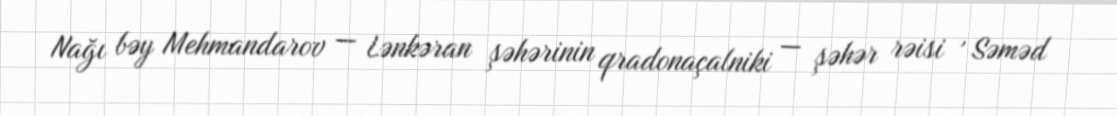
Nağı bəy Mehmandarov — Lənkəran şəhərinin qradonaçalniki — şəhər rəisi , Səməd